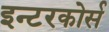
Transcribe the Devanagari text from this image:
इन्टरकोर्स